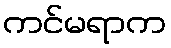
ကင်မရာက